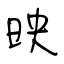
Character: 映